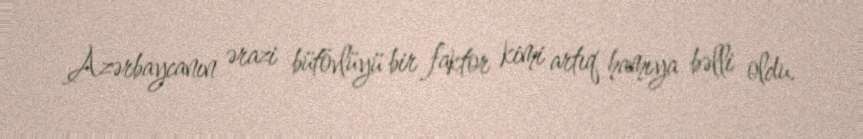
Azərbaycanın ərazi bütövlüyü bir faktor kimi artıq hamıya bəlli oldu.